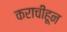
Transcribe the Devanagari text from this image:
कराचीहून